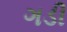
ગડી